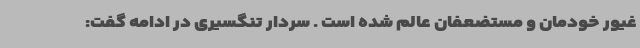
غیور خودمان و مستضعفان عالم شده است . سردار تنگسیری در ادامه گفت: